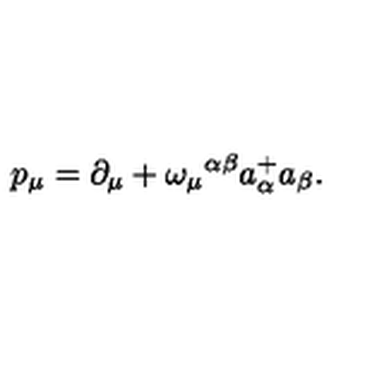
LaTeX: p _ { \mu } = \partial _ { \mu } + \omega _ { \mu } { } ^ { \alpha \beta } a _ { \alpha } ^ { + } a _ { \beta } .